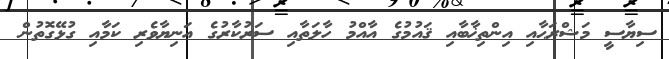
ސިޔާސީ މަޝްރަޙާއި އިންތިޚާބާއި ޤައުމުގެ އާއްމު ހާލަތާއި ސަރުކާރުގެ އަނިޔާވެރި ކަމާއި ގުޅޭގޮތުން